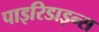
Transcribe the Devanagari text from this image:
पाइरिडाइन्स